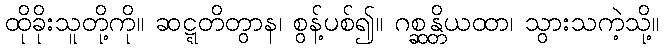
ထိုခိုးသူတို့ကို။ ဆဋ္ဋတိတွာန၊ စွန့်ပစ်၍။ ဂစ္ဆန္တိယထာ၊ သွားသကဲ့သို့။